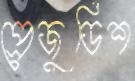
প্রেজুডিশ